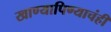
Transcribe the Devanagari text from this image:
खाण्यापिण्याचंही